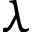
\lambda